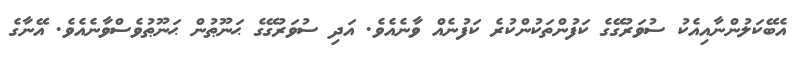
އެބޭކަލުންނާއިއެކު ސުވަރުގޭގެ ކަފުންތަކުންކުރެ ކަފުނެއް ވާނެއެވެ. އަދި ސުވަރުގޭގެ ޙަނޫޠުން ޙަނޫޠުވެސްވާނެއެވެ. އޭނާގެ